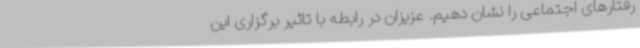
رفتارهای اجتماعی را نشان دهیم. عزیزان در رابطه با تاثیر برگزاری این